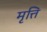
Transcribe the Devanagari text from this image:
मृत्ति